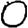
Digit: 0